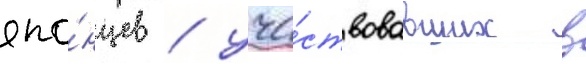
япо́нцев / уча́ствовавших в